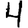
Digit: 4